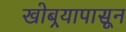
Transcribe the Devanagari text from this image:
खोबर्‍यापासून